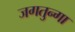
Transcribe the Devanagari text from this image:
जगतुन्गा